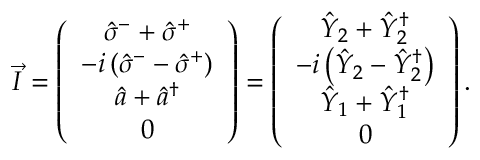
\vec { I } = \left( \begin{array} { c } { \hat { \sigma } ^ { - } + \hat { \sigma } ^ { + } } \\ { - i \left( \hat { \sigma } ^ { - } - \hat { \sigma } ^ { + } \right) } \\ { \hat { a } + \hat { a } ^ { \dagger } } \\ { 0 } \end{array} \right) = \left( \begin{array} { c } { \hat { Y } _ { 2 } + \hat { Y } _ { 2 } ^ { \dagger } } \\ { - i \left( \hat { Y } _ { 2 } - \hat { Y } _ { 2 } ^ { \dagger } \right) } \\ { \hat { Y } _ { 1 } + \hat { Y } _ { 1 } ^ { \dagger } } \\ { 0 } \end{array} \right) .